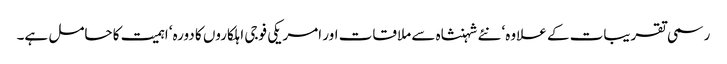
رسمی تقریبات کے علاوہ‘ نئے شہنشاہ سے ملاقات اور امریکی فوجی اہلکاروں کا دورہ‘ اہمیت کا حامل ہے۔